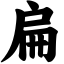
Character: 扁